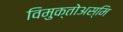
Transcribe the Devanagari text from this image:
विमुक्तोअस्मि